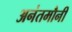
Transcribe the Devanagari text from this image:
अनंतमौनी